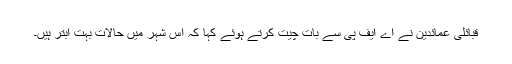
قبائلی عمائدین نے اے ایف پی سے بات چیت کرتے ہوئے کہا کہ اس شہر میں حالات بہت ابتر ہیں۔